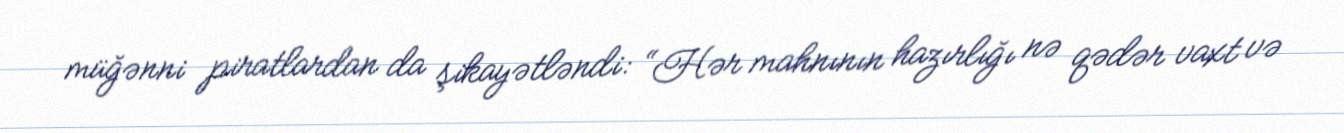
müğənni piratlardan da şikayətləndi: “Hər mahnının hazırlığı nə qədər vaxt və